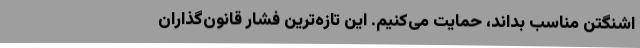
اشنگتن مناسب بداند، حمایت می‌کنیم. این تازه‌ترین فشار قانون‌گذاران